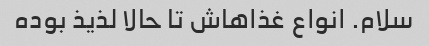
سلام. انواع غذاهاش تا حالا لذیذ بوده